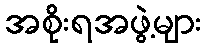
အစိုးရအဖွဲ့များ